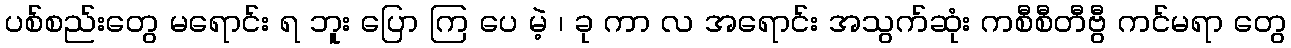
ပစ်စည်းတွေ မရောင်း ရ ဘူး ပြော ကြ ပေ မဲ့ ၊ ခု ကာ လ အရောင်း အသွက်ဆုံး ကစီစီတီဗွီ ကင်မရာ တွေ